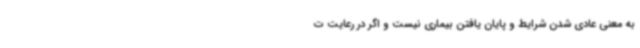
به معنی عادی شدن شرایط و پایان یافتن بیماری نیست و اگر در رعایت ت